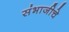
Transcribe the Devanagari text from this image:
संभाजीचे